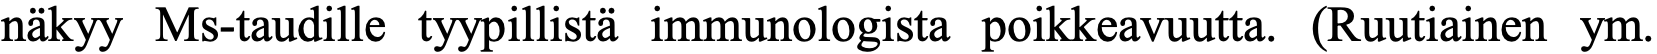
näkyy Ms-taudille tyypillistä immunologista poikkeavuutta. (Ruutiainen ym.